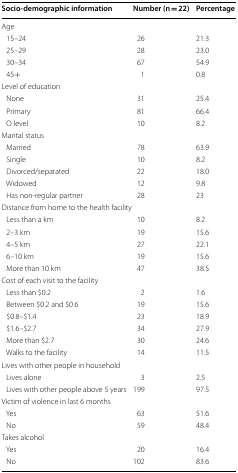
| Socio-demographic information | Number (n = 22) | Percentage |
 | --- | --- | --- |
 | <COLSPAN=3> Age |
 | 15–24 | 26 | 21.3 |
 | 25–29 | 28 | 23.0 |
 | 30–34 | 67 | 54.9 |
 | 45+ | 1 | 0.8 |
 | <COLSPAN=3> Level of education |
 | None | 31 | 25.4 |
 | Primary | 81 | 66.4 |
 | O level | 10 | 8.2 |
 | <COLSPAN=3> Marital status |
 | Married | 78 | 63.9 |
 | Single | 10 | 8.2 |
 | Divorced/separated | 22 | 18.0 |
 | Widowed | 12 | 9.8 |
 | Has non-regular partner | 28 | 23 |
 | <COLSPAN=3> Distance from home to the health facility |
 | Less than a km | 10 | 8.2 |
 | 2–3 km | 19 | 15.6 |
 | 4–5 km | 27 | 22.1 |
 | 6–10 km | 19 | 15.6 |
 | More than 10 km | 47 | 38.5 |
 | <COLSPAN=3> Cost of each visit to the facility |
 | Less than $0.2 | 2 | 1.6 |
 | Between $0.2 and $0.6 | 19 | 15.6 |
 | $0.8–$1.4 | 23 | 18.9 |
 | $1.6–$2.7 | 34 | 27.9 |
 | More than $2.7 | 30 | 24.6 |
 | Walks to the facility | 14 | 11.5 |
 | <COLSPAN=3> Lives with other people in household |
 | Lives alone | 3 | 2.5 |
 | Lives with other people above 5 years | 199 | 97.5 |
 | <COLSPAN=3> Victim of violence in last 6 months |
 | Yes | 63 | 51.6 |
 | No | 59 | 48.4 |
 | <COLSPAN=3> Takes alcohol |
 | Yes | 20 | 16.4 |
 | No | 102 | 83.6 |